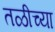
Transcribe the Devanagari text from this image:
तळीच्या